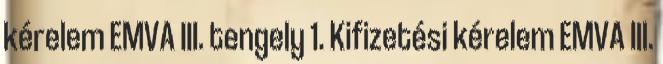
kérelem EMVA III. tengely 1. Kifizetési kérelem EMVA III.